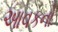
આવકનો